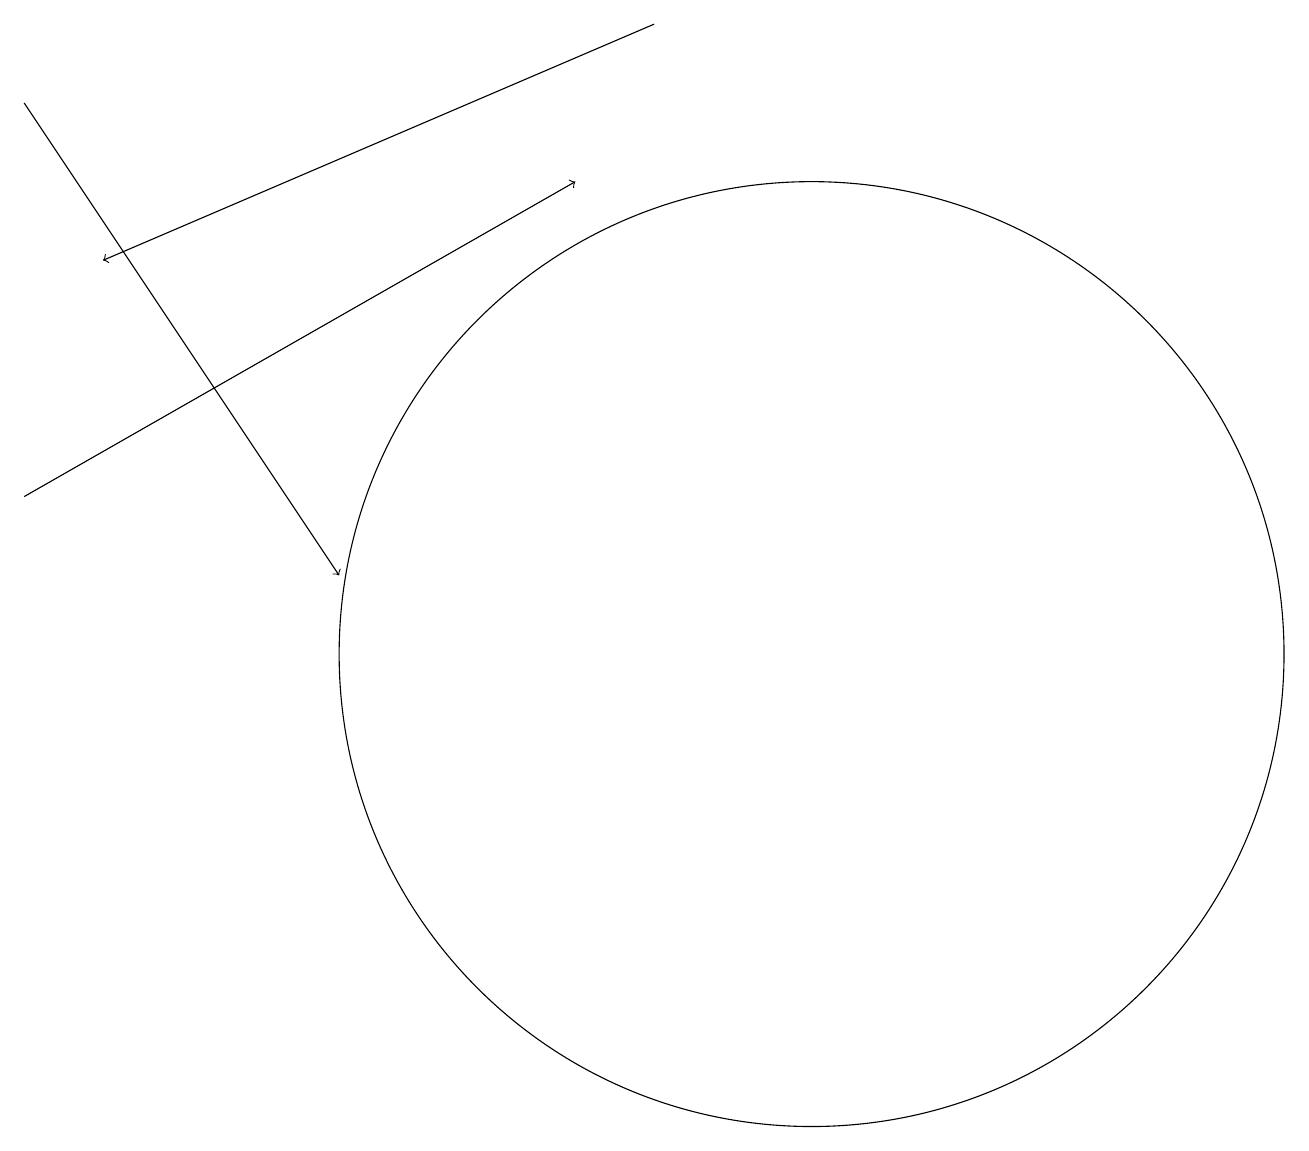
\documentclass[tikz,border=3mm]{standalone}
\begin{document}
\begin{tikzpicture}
\draw[->] (0,18) -- (4,12);
\draw (10,11) circle (6);
\draw[->] (0,13) -- (7,17);
\draw[->] (8,19) -- (1,16);
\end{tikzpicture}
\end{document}